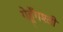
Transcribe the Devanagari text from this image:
गेहूँगश्ती